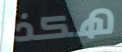
هكذا